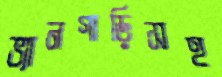
ভ্যানগাড়িসহ